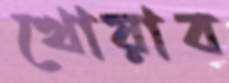
খোয়াব